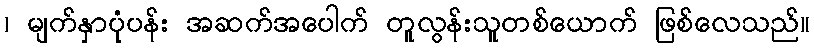
၊ မျက်နှာပုံပန်း အဆက်အပေါက် တူလွန်းသူတစ်ယောက် ဖြစ်လေသည်။